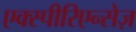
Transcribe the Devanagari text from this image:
एक्स्पीरिएन्सेज़